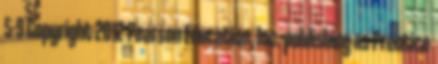
5-9 Copyright 2012 Pearson Education, Inc. publishing as Prentice